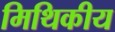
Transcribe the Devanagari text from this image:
मिथिकीय